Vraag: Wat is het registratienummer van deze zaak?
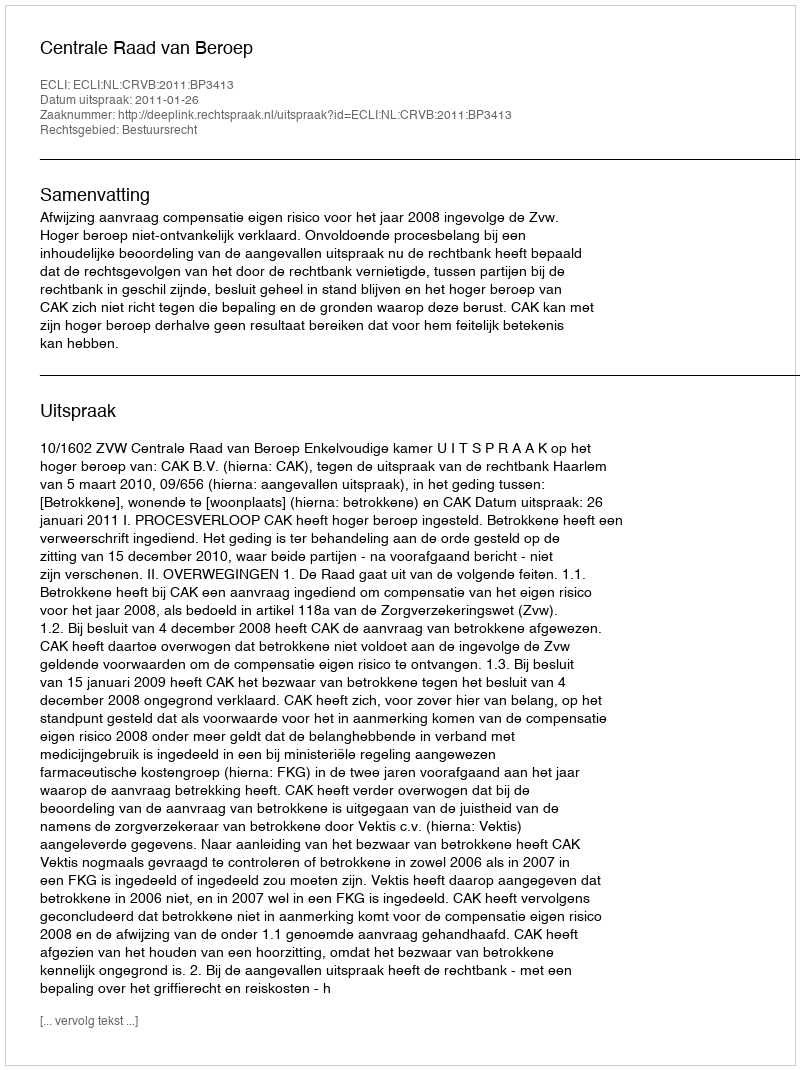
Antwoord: http://deeplink.rechtspraak.nl/uitspraak?id=ECLI:NL:CRVB:2011:BP3413